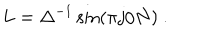
L = \Delta ^ { - 1 } \sin \left( \pi j / N \right) ~ .